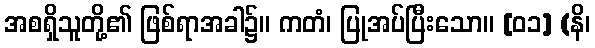
အစရှိသူတို့၏ ဖြစ်ရာအခါ၌။ ကတံ၊ ပြုအပ်ပြီးသော။ [၀၁] (နိ၊